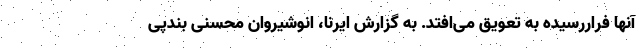
آنها فراررسیده به تعویق می‌افتد. به گزارش ایرنا، انوشیروان محسنی بندپی